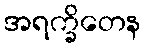
အရက္ခိတေန